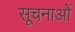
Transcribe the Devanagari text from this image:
सूचनाओें